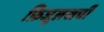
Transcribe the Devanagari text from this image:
फ़िजूलखर्ची